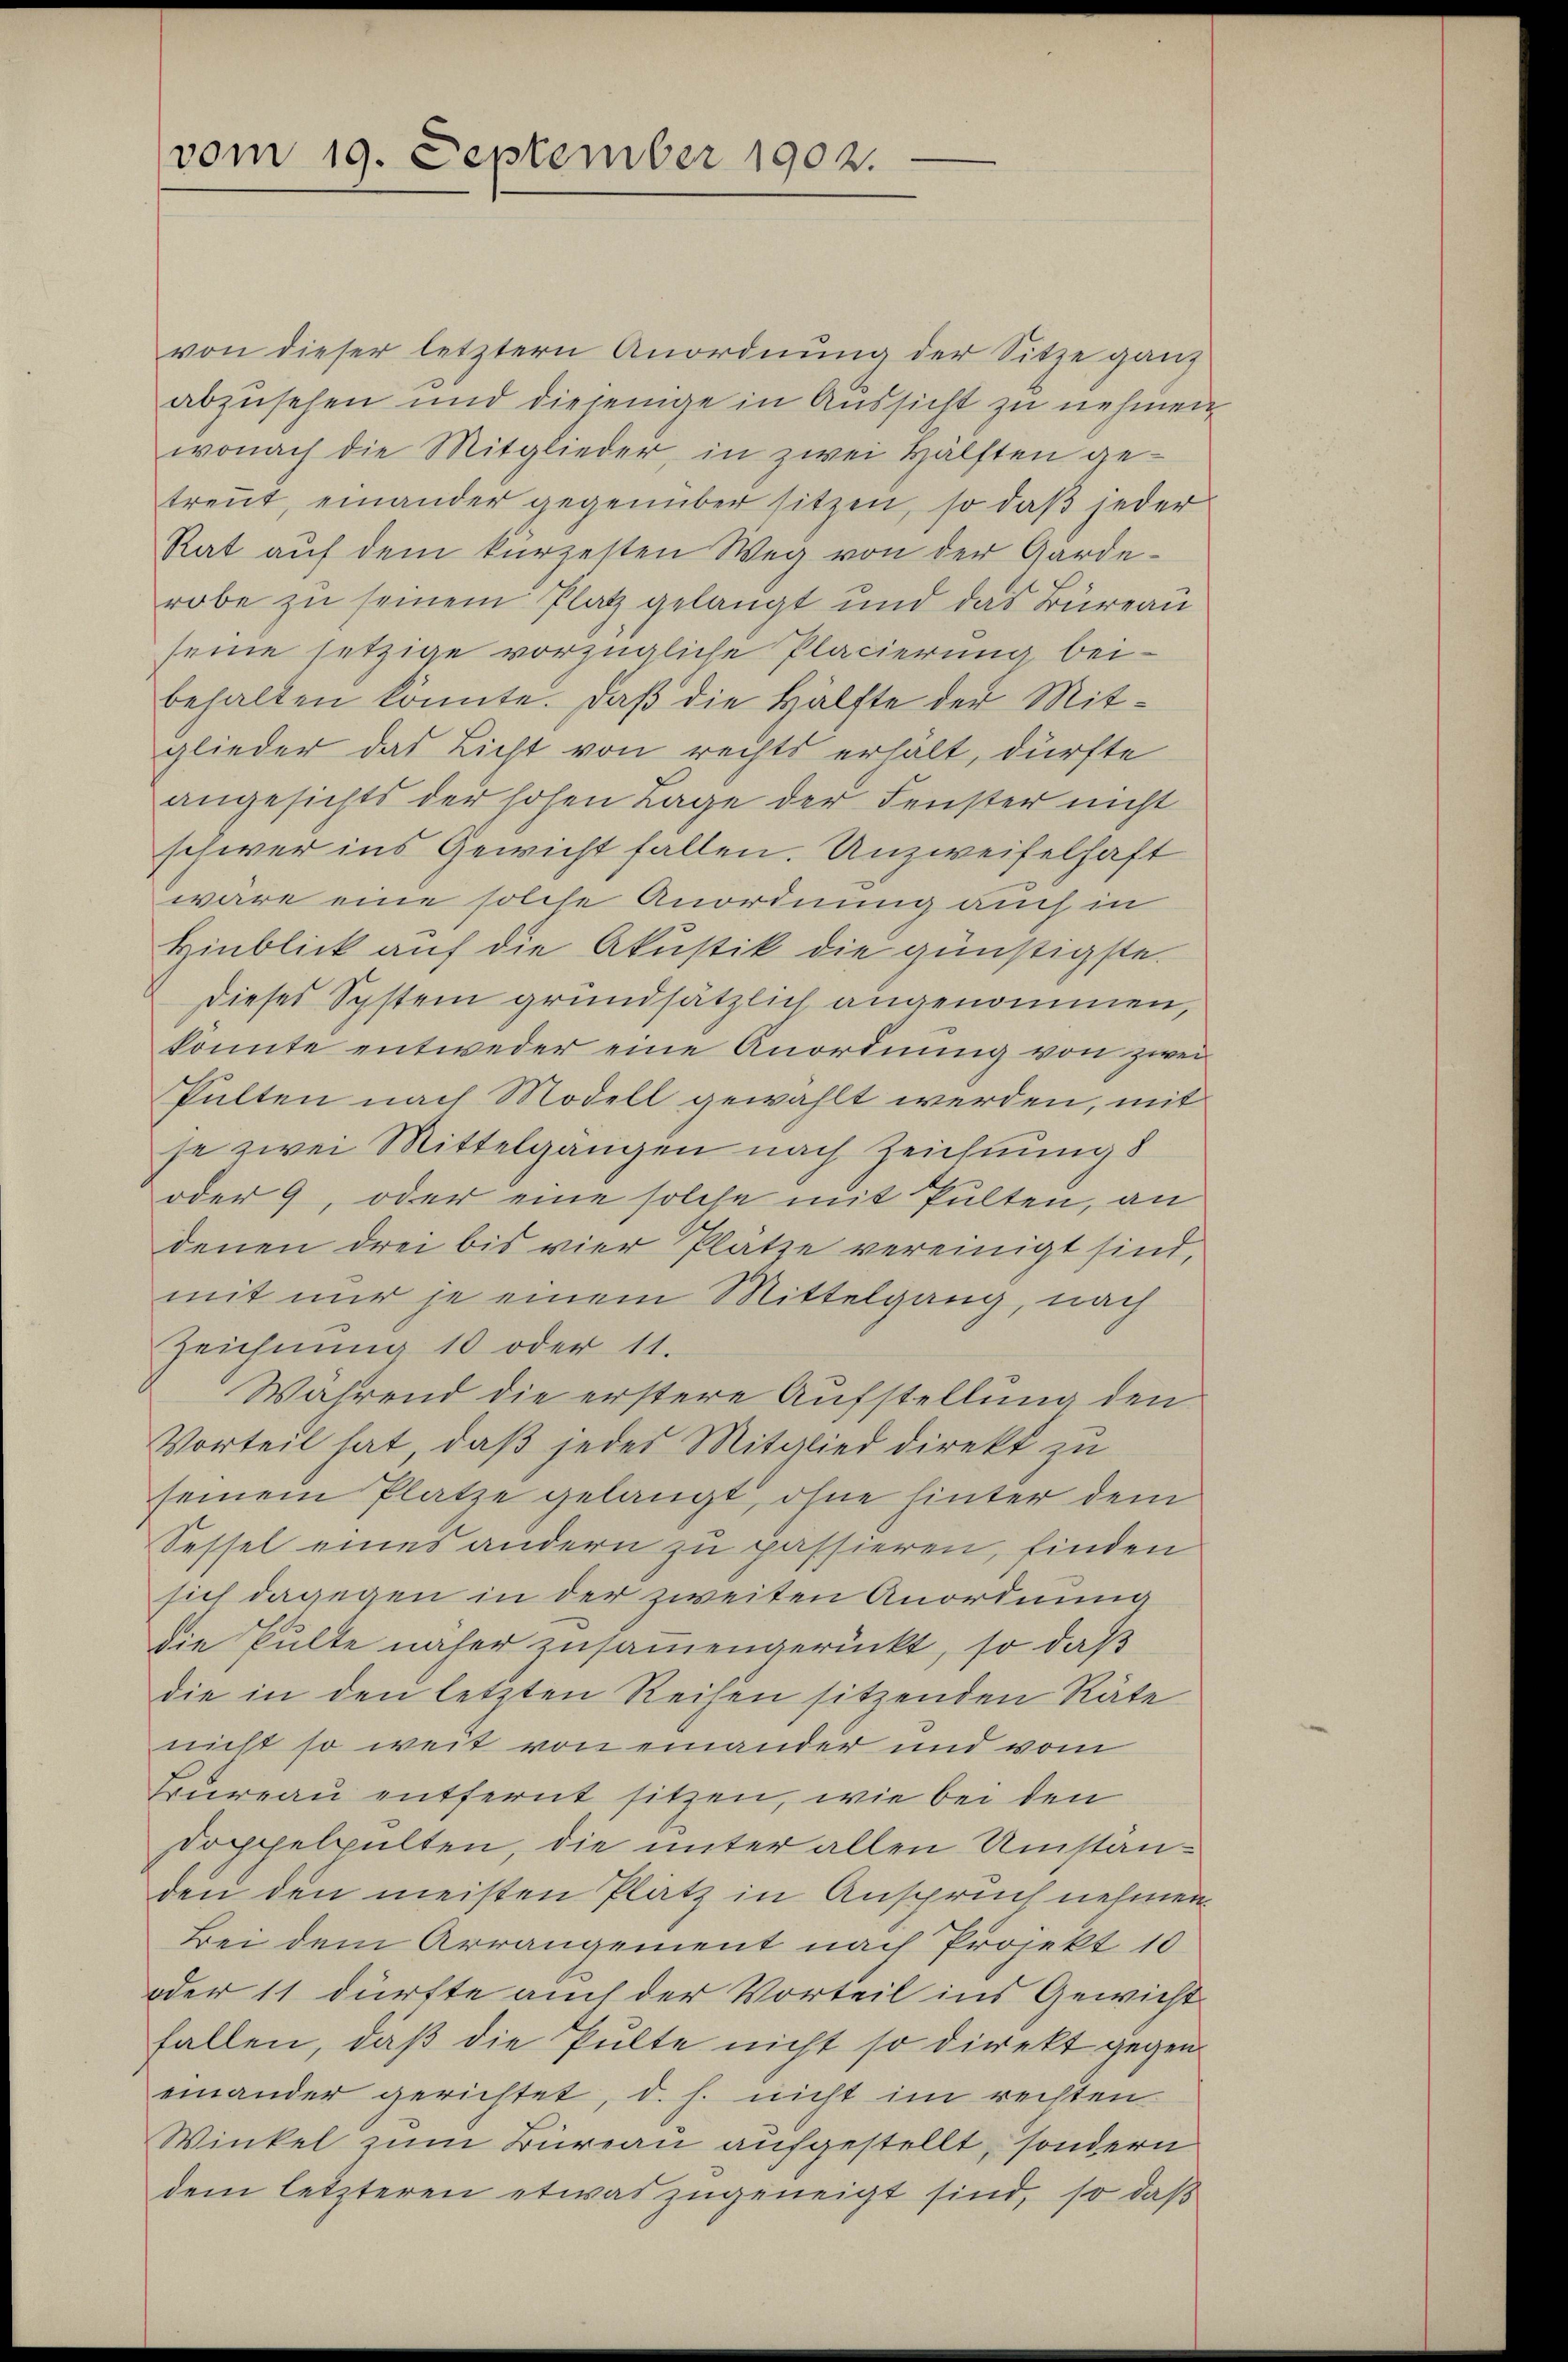
von dieser letztern Anordnŭng der Sitze ganz
abzusehen und diejenige in Aussicht zu nehmen
wonach die Mitglieder, in zwei Hälften ge-
treut, einander gegenüber sitzen, so daß jeder
Rat aŭf dem kürzesten Weg von der Garde-
robe zu seinem Platz gelangt und das Büreau
seine setzige vorzügliche Placierung bei-
behalten könnte. Daβ die Hälfte der Mit-
glieder das Licht von rechts erhält, dürfte
angesichts der hohen Lage der Fenster nicht
schwer ins Gewicht fallen. Unzweifelhaft
wäre eine solche Anordnung auch in
Hinblick auf die Akustik die günstigste.
dieses System grundsätzlich angenommen,
könnte entweder eine Anordnung von zwei
Pulten nach Modell gewählt werden, mit
se zwei Mittelgängen nach Zeichnung d
oder 9, oder eine solche mit Pulten, an
denen drei bis vier Plätze vereinigt sind,
mit nur je einem Mittelgang, nach
Zeichnung 10 oder 11.
Während die erstere Aufstellung den
Vorteil hat, daß jedes Mitglied direkt zu
seinem Platze gelangt, ohne hinter dem
Sessel eines andern zu passieren, finden
sich dagegen in der zweiten Anordnung
Die Pulte näher zusammengerückt, so daß
die in den letzten Reihen sitzenden Räte
nicht so weit von einander und vom
Bureau entfernt sitzen, wie bei den
doppelpulten, die unter allen Umständen den meisten Platz in Anspruch nehmen
Bei dem Arrangement nach Projekt 10
oder 11 dürfte auch der Vorteil ins Gewicht
fallen, daß die Pulte nicht so direkt gegen
einander gerichtet, d. h. nicht im rechten
Winkel zum Büreau aufgestellt, sondern
dem letzteren etwas zugeneigt sind, so daß

vom 19. September 1902.